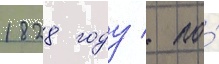
1828 году / по́